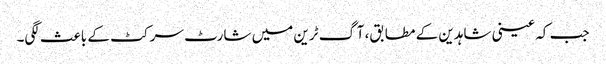
جب کہ عینی شاہدین کے مطابق، آگ ٹرین میں شارٹ سرکٹ کے باعث لگی۔